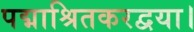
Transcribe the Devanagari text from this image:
पद्माश्रितकरद्वया।